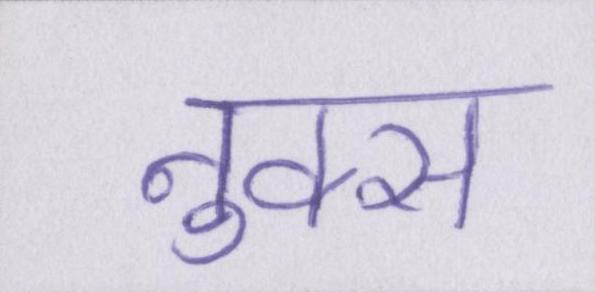
नुक्स